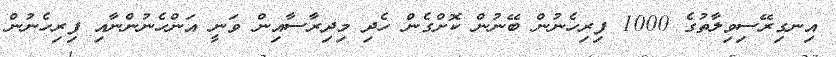
އިނގިރޭސިވިލާތުގެ 1000 ފިރިހެނުން ބޭނުން ކޮށްގެން ހެދި މިދިރާސާއިން ވަނީ އަންހެނުންނާއި ފިރިހެނުން